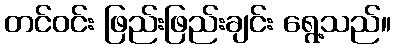
တင်ဝင်း ဖြည်းဖြည်းချင်း ရွေ့သည်။